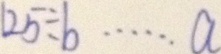
1 2 5 \div b \cdots a